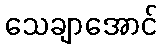
သေချာအောင်